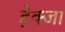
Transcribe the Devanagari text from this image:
हेक्जा